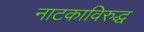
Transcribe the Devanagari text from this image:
नाटकाविरुद्ध